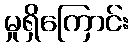
မှုရှိကြောင်း